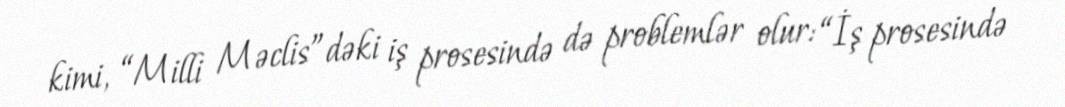
kimi, “Milli Məclis”dəki iş prosesində də problemlər olur: “İş prosesində